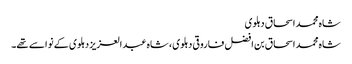
شاہ محمد اسحاق دہلوی
شاہ محمد اسحاق بن افضل فاروقی دہلوی ، شاہ عبد العزیز دہلوی کے نواسے تھے۔